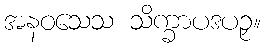
အနဝသေသ သိက္ခာပဒပဉှ။